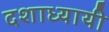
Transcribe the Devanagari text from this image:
दशाध्यायी